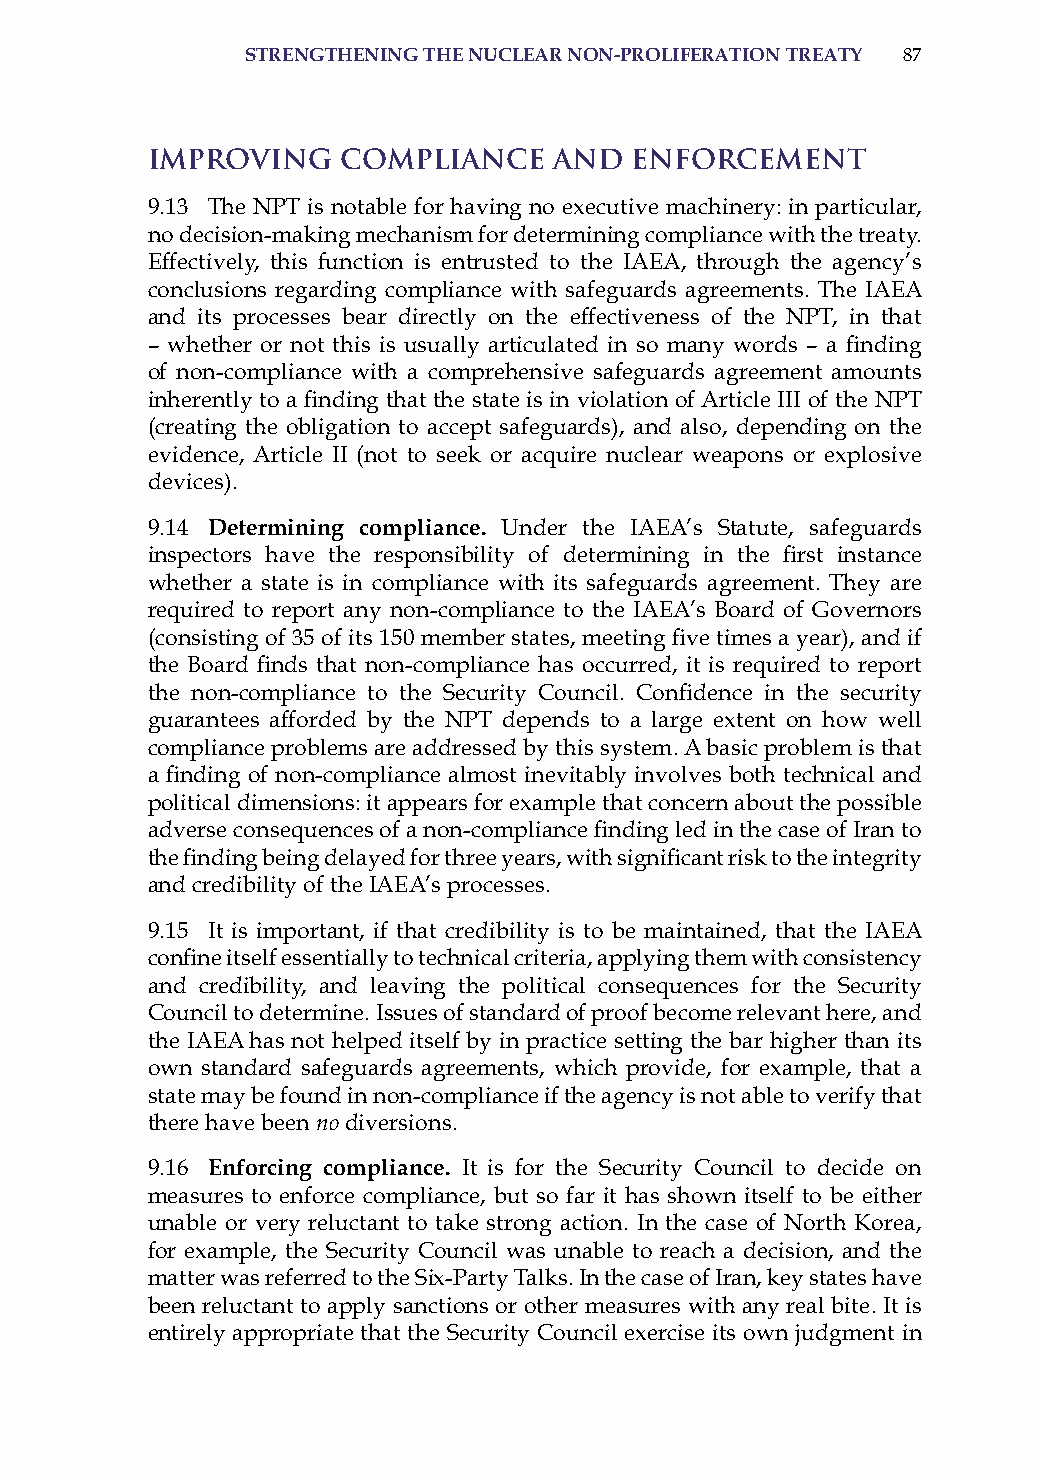
strenGtheninG the nuclear non-Proliferation treatY 87
 Improving    Compliance    and  Enforcement
 9.13 The NPT is notable for having no executive machinery: in particular,
 no decision-making mechanism for determining compliance with the treaty.
 Effectively, this function is entrusted to the iaEa, through the agency’s
 conclusions regarding compliance with safeguards agreements. The iaEa
 and its processes bear directly on the effectiveness of the NPT, in that
 – whether or not this is usually articulated in so many words – a finding
 of non-compliance with a comprehensive safeguards agreement amounts
 inherently to a finding that the state is in violation of Article III of the NPT
 (creating the obligation to accept safeguards), and also, depending on the
 evidence, article ii (not to seek or acquire nuclear weapons or explosive
 devices).
 9.14 determining compliance. Under the iaEa’s statute, safeguards
 inspectors have the responsibility of determining in the first instance
 whether a state is in compliance with its safeguards agreement. They are
 required to report any non-compliance to the iaEa’s Board of Governors
 (consisting of 35 of its 150 member states, meeting five times a year), and if
 the Board finds that non-compliance has occurred, it is required to report
 the non-compliance to the Security Council. Confidence in the security
 guarantees afforded by the NPT depends to a large extent on how well
 compliance problems are addressed by this system. a basic problem is that
 a finding of non-compliance almost inevitably involves both technical and
 political dimensions: it appears for example that concern about the possible
 adverse consequences of a non-compliance finding led in the case of Iran to
 the finding being delayed for three years, with significant risk to the integrity
 and credibility of the iaEa’s processes.
 9.15 it is important, if that credibility is to be maintained, that the iaEa
 confine itself essentially to technical criteria, applying them with consistency
 and credibility, and leaving the political consequences for the security
 Council to determine. issues of standard of proof become relevant here, and
 the iaEa has not helped itself by in practice setting the bar higher than its
 own standard safeguards agreements, which provide, for example, that a
 state may be found in non-compliance if the agency is not able to verify that
 there have been no diversions.
 9.16 enforcing compliance. it is for the security Council to decide on
 measures to enforce compliance, but so far it has shown itself to be either
 unable or very reluctant to take strong action. in the case of North Korea,
 for example, the security Council was unable to reach a decision, and the
 matter was referred to the six-Party Talks. in the case of iran, key states have
 been reluctant to apply sanctions or other measures with any real bite. it is
 entirely appropriate that the security Council exercise its own judgment in